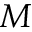
M